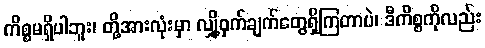
ကိစ္စမရှိပါဘူး၊ တို့အားလုံးမှာ လျှို့ဝှက်ချက်တွေရှိကြတာပဲ၊ ဒီကိစ္စကိုလည်း